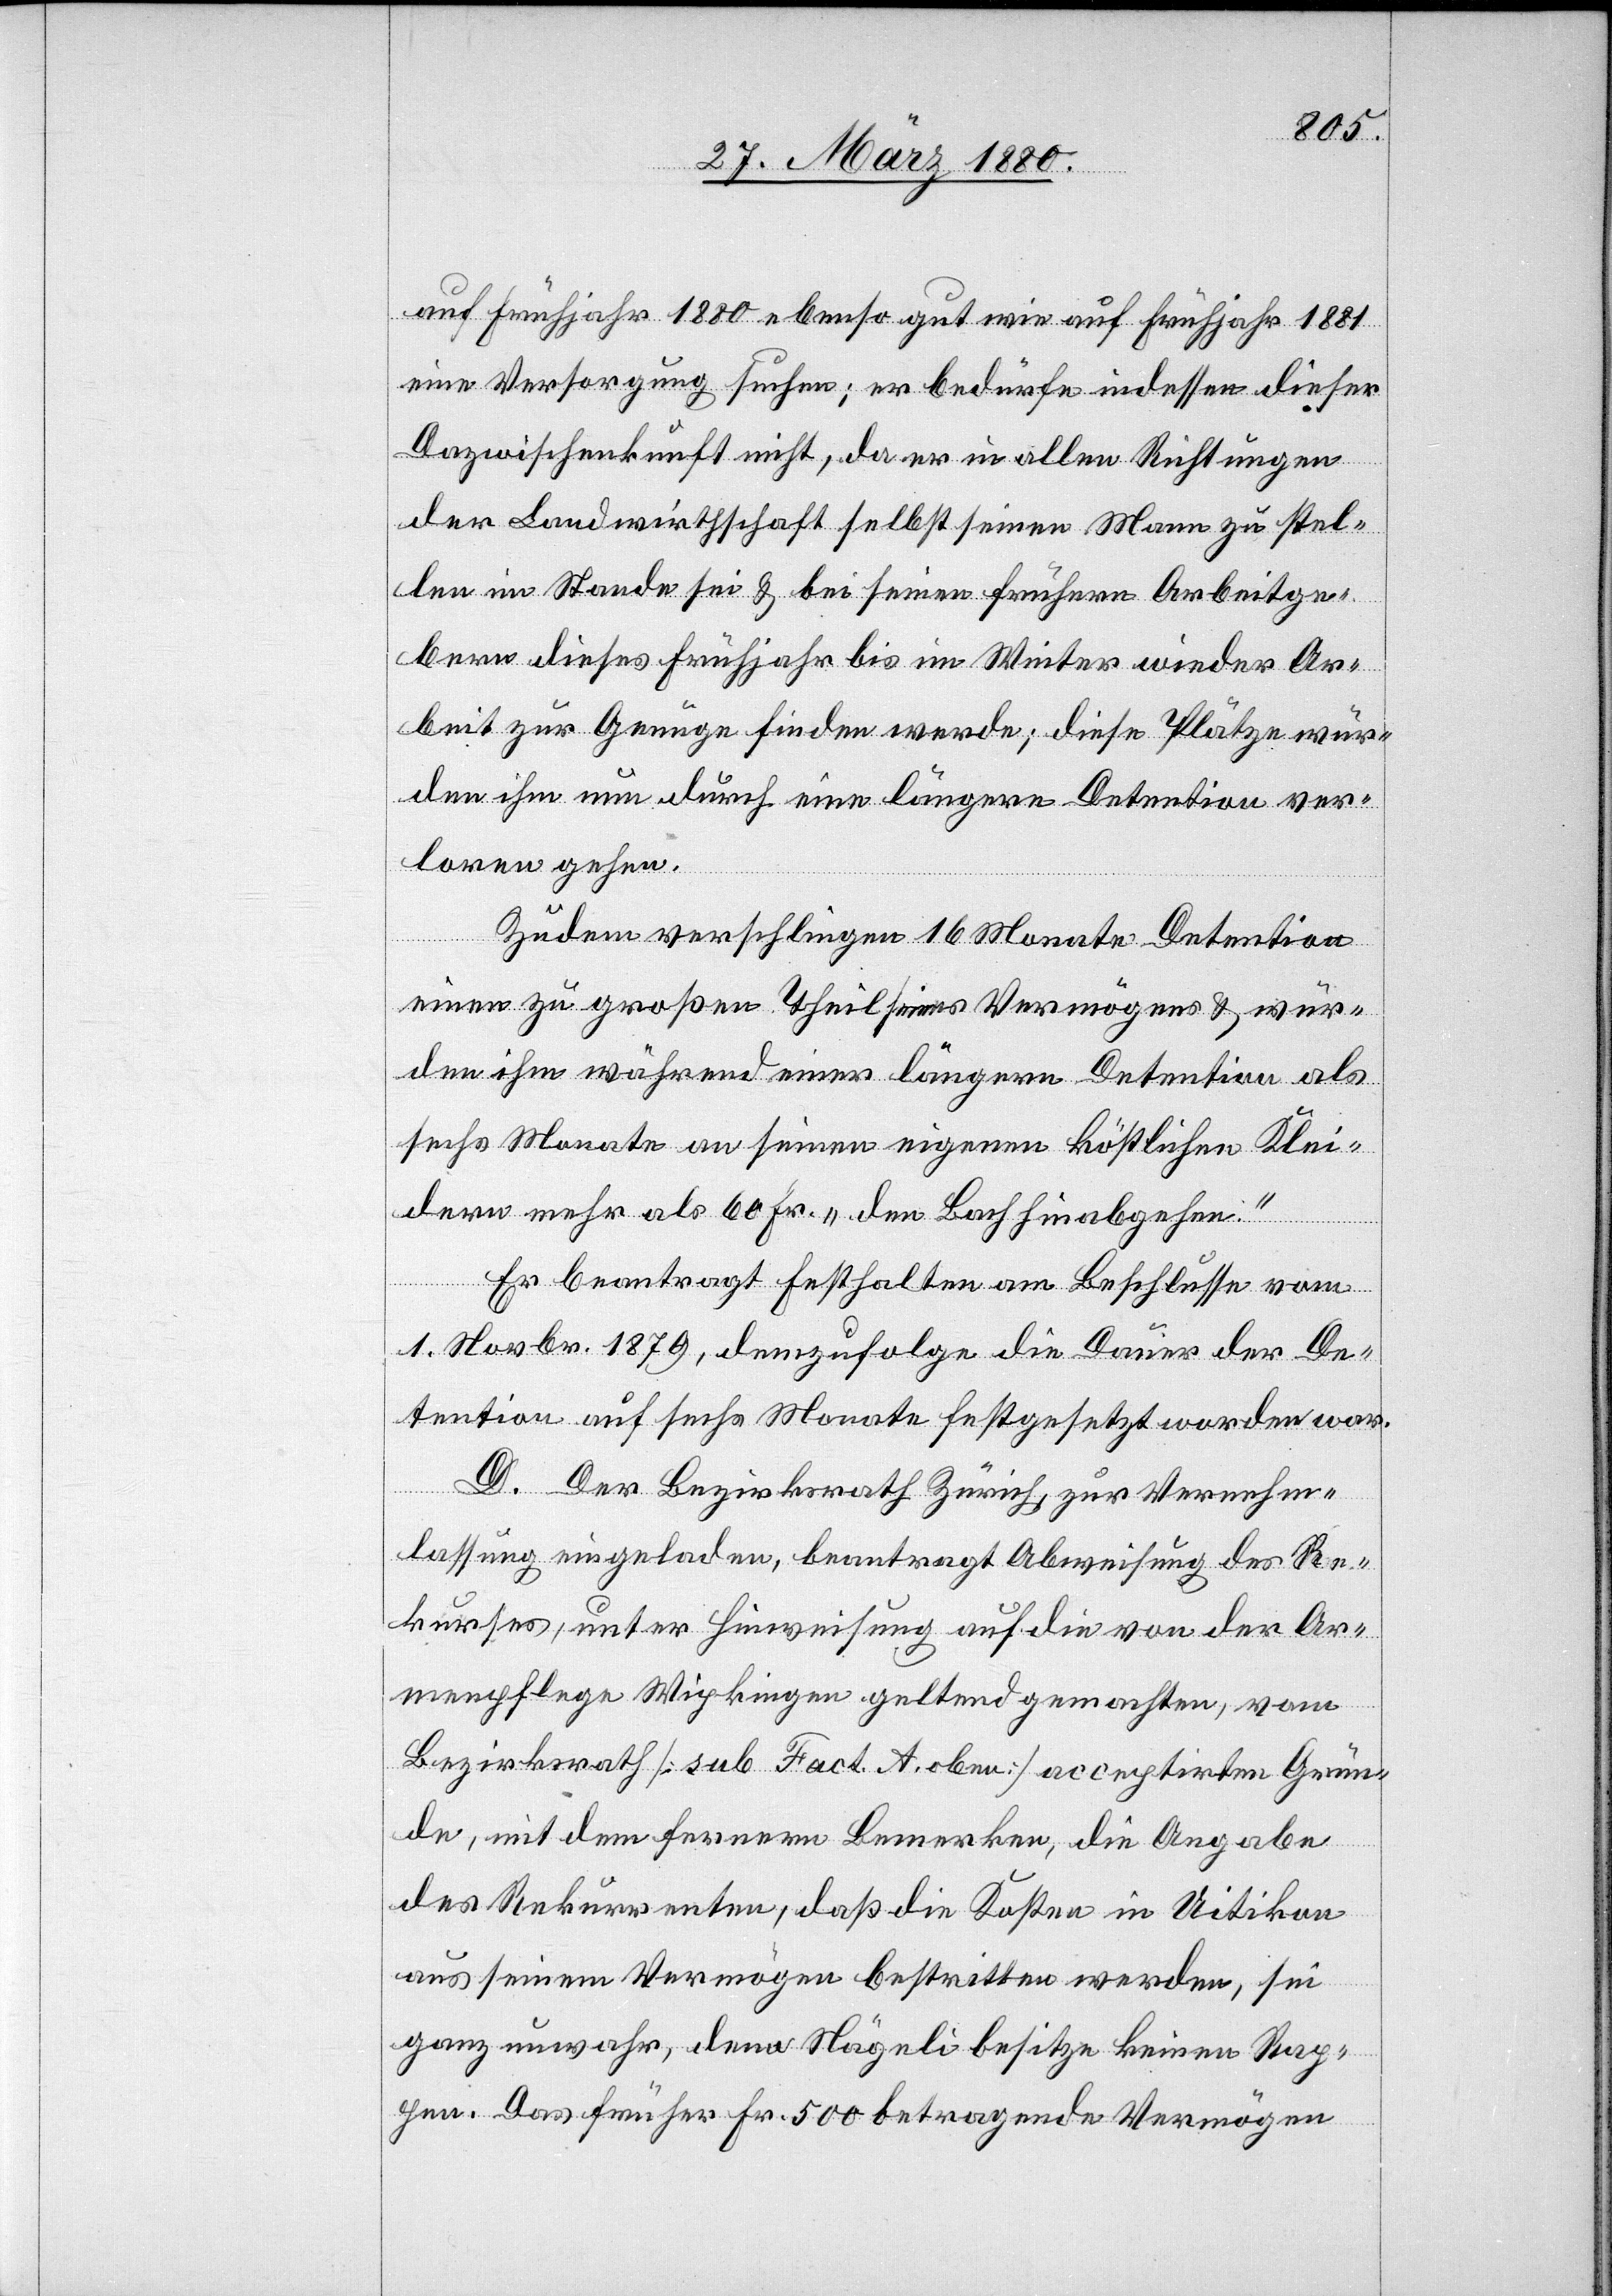
auf Frühjahr 1880 ebenso gut wie auf Frühjahr 1881
eine Versorgung suchen; er bedürfe indessen dieser
Dazwischenkunft nicht, da er in allen Richtungen
der Landwirthschaft selbst seinen Mann zu stel¬
len im Stande sei & bei seinen frühern Arbeitge¬
bern dieses Frühjahr bis im Winter wieder Ar¬
beit zu Genüge finden werde; diese Plätze wür¬
den ihm nun durch eine längere Detention ver¬
loren gehen.
zudem verschlingen 16 Monate Detention
einen zu großen Theil seines Vermögens / wür¬
den ihm während einer längern Detention als
sechs Monate an seinen eigenen köstlichen Klei¬
dern mehr als 60 Fr. „den Bach hinabgehen.“
Er beantragt Festhalten am Beschlusse vom
1. Novbr. 1879, demzufolge die Dauer der De¬
tention auf sechs Monate festgesetzt worden war.
D. Der Bezirksrath Zürich, zur Vernehm¬
lassung eingeladen, beantragt Abweisung des Re¬
kurses, unter Hinweisung auf die von der Ar¬
menpflege Wipkingen geltend gemachten, vom
Bezirksrath [sub Fact. A oben] acceptirten Grün¬
de, mit dem fernern Bemerken, die Angabe
des Rekurrenten, daß die Kosten in Uitikon
aus seinem Vermögen bestritten werden, sei
ganz unwahr, denn Nägeli besitze keinen Rap¬
pen. Das früher Fr. 500 betragende Vermögen